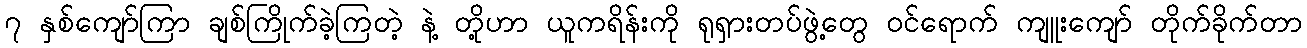
၇ နှစ်ကျော်ကြာ ချစ်ကြိုက်ခဲ့ကြတဲ့ နဲ့ တို့ဟာ ယူကရိန်းကို ရုရှားတပ်ဖွဲ့တွေ ဝင်ရောက် ကျူးကျော် တိုက်ခိုက်တာ